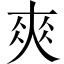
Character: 𡙁